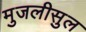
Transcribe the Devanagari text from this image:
मुजलीसुल